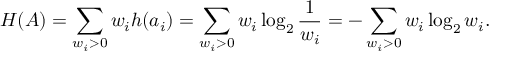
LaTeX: H ( A ) = \sum _ { w _ { i } > 0 } w _ { i } h ( a _ { i } ) = \sum _ { w _ { i } > 0 } w _ { i } \log _ { 2 } { \frac { 1 } { w _ { i } } } = - \sum _ { w _ { i } > 0 } w _ { i } \log _ { 2 } { w _ { i } } .